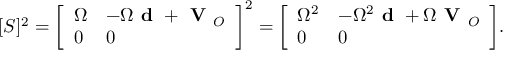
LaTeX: [ S ] ^ { 2 } = { \left[ \begin{array} { l l } { \Omega } & { - \Omega { \textbf { d } } + { \textbf { V } } _ { O } } \\ { 0 } & { 0 } \end{array} \right] } ^ { 2 } = { \left[ \begin{array} { l l } { \Omega ^ { 2 } } & { - \Omega ^ { 2 } { \textbf { d } } + \Omega { \textbf { V } } _ { O } } \\ { 0 } & { 0 } \end{array} \right] } .